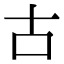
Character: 古